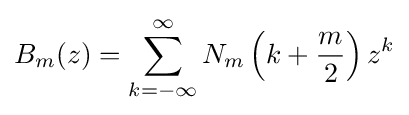
B_{m}(z)=\sum _{k=-\infty }^{\infty }N_{m}\left(k+{\frac {m}{2}}\right)z^{k}